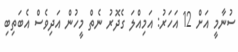
ސުނާމީ އަށް 12 އަހަރު: އަމިއްލަ ގެދޮރު ނެތް މީހުން އަދިވެސް އެބަތިބި